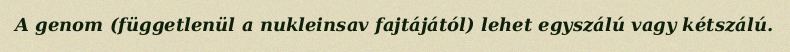
A genom (függetlenül a nukleinsav fajtájától) lehet egyszálú vagy kétszálú.